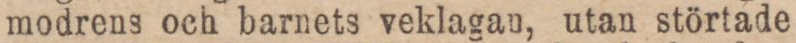
modrens och barnets veklagan, utan störtade